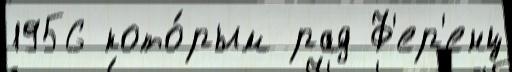
1956 кото́рым рад Ф'ер'енц